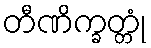
တီဏိက္ခတ္တုံ